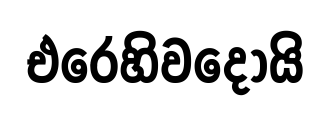
එරෙහිවදෝයි